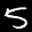
Label: 5